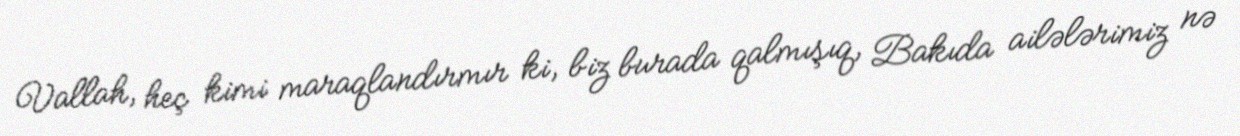
Vallah, heç kimi maraqlandırmır ki, biz burada qalmışıq, Bakıda ailələrimiz nə